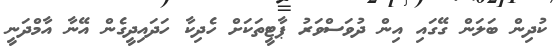
ކުދިން ބަލަން ގޭގައި އިން ދުވަސްވަރު ޕާޓީތަކަށް ހެދިކާ ހަދައިދީގެން އޭނާ އާމްދަނީ